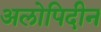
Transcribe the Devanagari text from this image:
अलोपिदीन